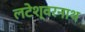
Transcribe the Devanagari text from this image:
लटेश्वरनाथ